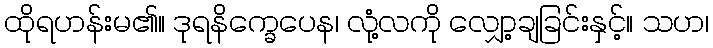
ထိုရဟန်းမ၏။ ဒုရနိက္ခေပေန၊ လုံ့လကို လျှော့ချခြင်းနှင့်။ သဟ၊